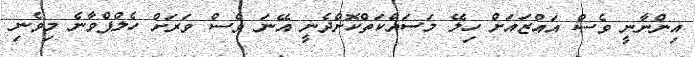
އިންނާނީ ވެސް އައްޒައަށް ހިލޭ މަސައްކަތްކޮށްދެނީ އޭނަ ވެސް ވަރަށް ހެލްޕްވާނެ މިވެނި